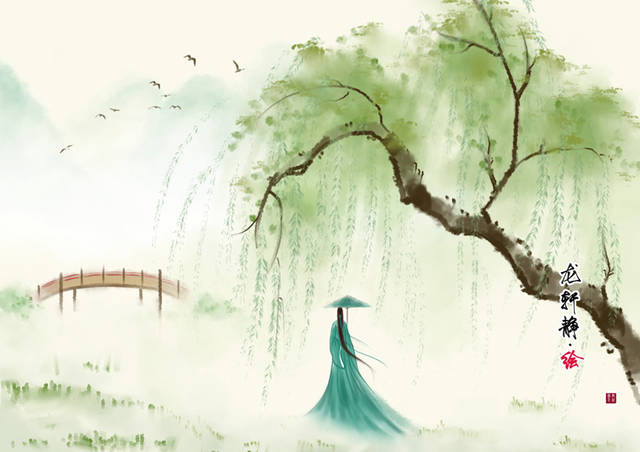
困倚危楼。过尽飞鸿字字愁。